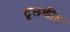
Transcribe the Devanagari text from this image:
टूलकीट